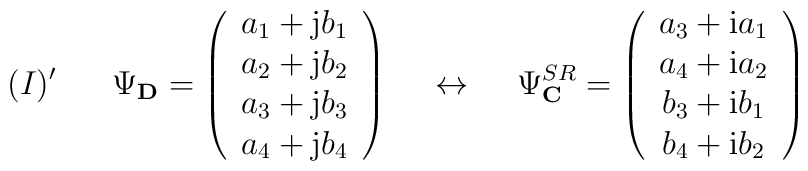
(I)' \hspace{7mm} \Psi_{\bf D} =\left(\begin{array}{c}a_1 +{\rm j}b_1  \\a_2 +{\rm j}b_2  \\a_3 +{\rm j}b_3 \\a_4 +{\rm j}b_4\end{array}\right) \hspace{5mm} \leftrightarrow \hspace{5mm}\Psi^{SR}_{\bf C} =\left(\begin{array}{c}a_3+{\rm i}a_1 \\a_4+{\rm i}a_2 \\b_3+{\rm i}b_1 \\b_4+{\rm i}b_2\end{array}\right)